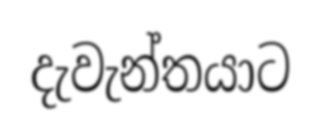
දැවැන්තයාට